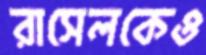
রাসেলকেও